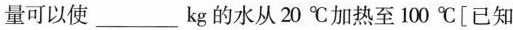
可以使 ___ kg的水从20℃加热至100℃[已知